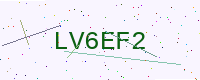
Text: LV6EF2